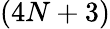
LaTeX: (4N+3)